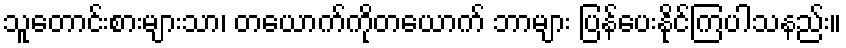
သူတောင်းစားများသာ၊ တယောက်ကိုတယောက် ဘာများ ပြန်ပေးနိုင်ကြပါသနည်း။